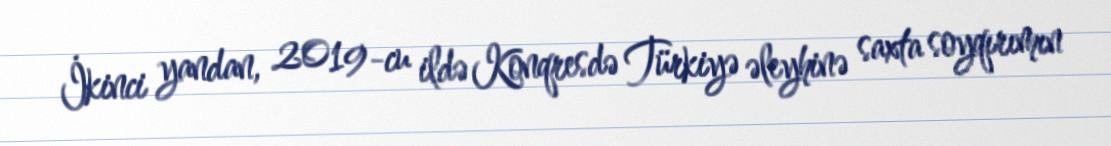
İkinci yandan, 2019-cu ildə Konqresdə Türkiyə əleyhinə saxta soyqırımın